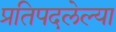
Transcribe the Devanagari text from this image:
प्रतिपदलेल्या